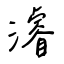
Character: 濬